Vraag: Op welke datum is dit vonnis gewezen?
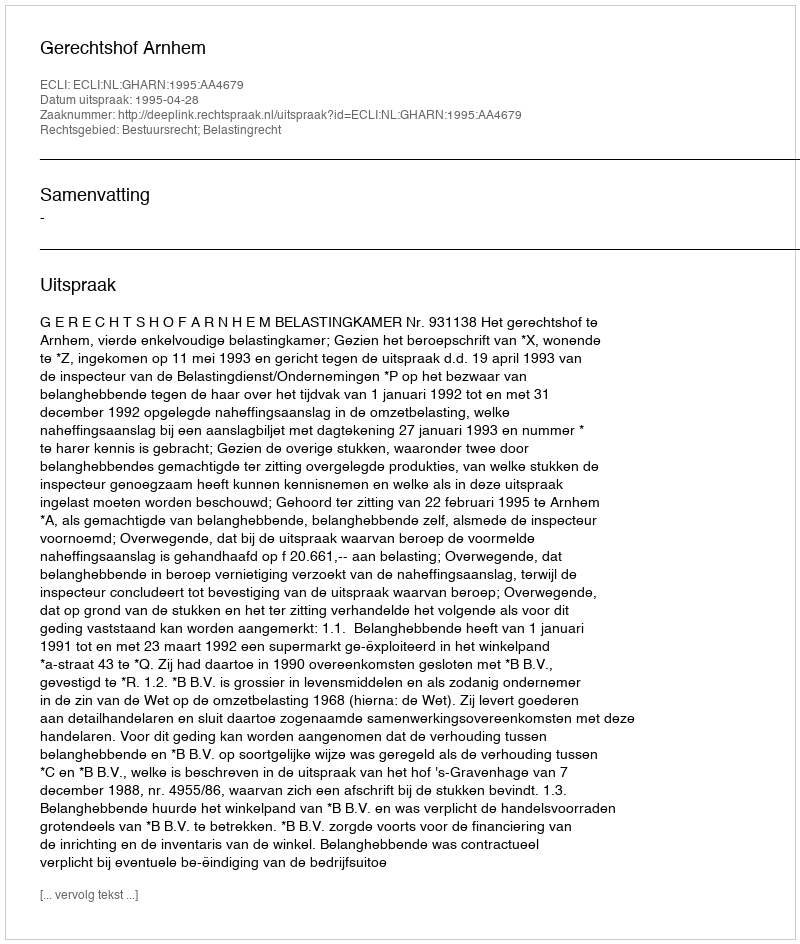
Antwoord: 1995-04-28